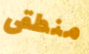
منطقى